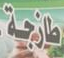
طازجة